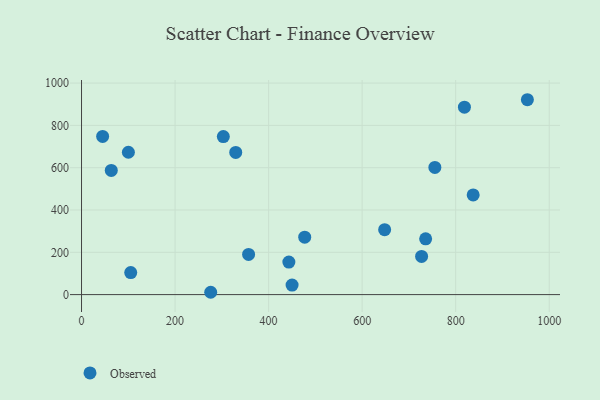
{"axis": {"x": "Study Hours", "y": "Rating"}, "legend": ["Observed"], "data": [{"x": "727.1", "y": 180.6, "type": "Observed"}, {"x": "755.5", "y": 601.2, "type": "Observed"}, {"x": "329.7", "y": 672.0, "type": "Observed"}, {"x": "276.2", "y": 11.0, "type": "Observed"}, {"x": "818.7", "y": 886.0, "type": "Observed"}, {"x": "45.1", "y": 747.9, "type": "Observed"}, {"x": "63.6", "y": 587.2, "type": "Observed"}, {"x": "648.1", "y": 307.1, "type": "Observed"}, {"x": "357.2", "y": 190.0, "type": "Observed"}, {"x": "735.8", "y": 263.6, "type": "Observed"}, {"x": "105.2", "y": 104.0, "type": "Observed"}, {"x": "953.3", "y": 921.3, "type": "Observed"}, {"x": "303.2", "y": 747.3, "type": "Observed"}, {"x": "477.2", "y": 271.4, "type": "Observed"}, {"x": "837.4", "y": 471.3, "type": "Observed"}, {"x": "443.3", "y": 153.8, "type": "Observed"}, {"x": "100.2", "y": 673.1, "type": "Observed"}, {"x": "450.2", "y": 45.0, "type": "Observed"}]}